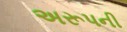
અરૂપની